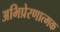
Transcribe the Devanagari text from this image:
अभिप्रेरणात्मक